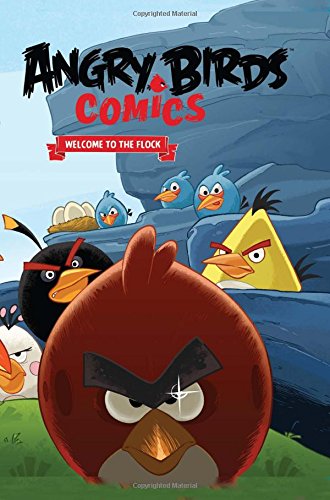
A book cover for Angry Birds Comics Volume 1: Welcome to the Flock (Angry Bird Comics); Jeff Parker; Children's Books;